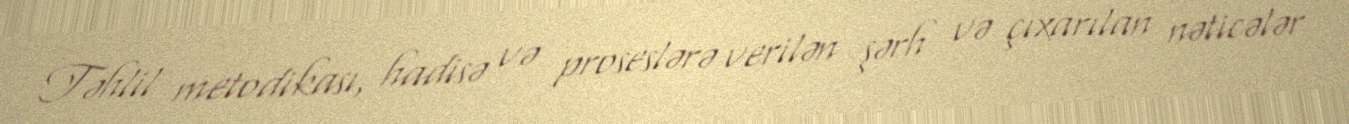
Təhlil metodikası, hadisə və proseslərə verilən şərh və çıxarılan nəticələr